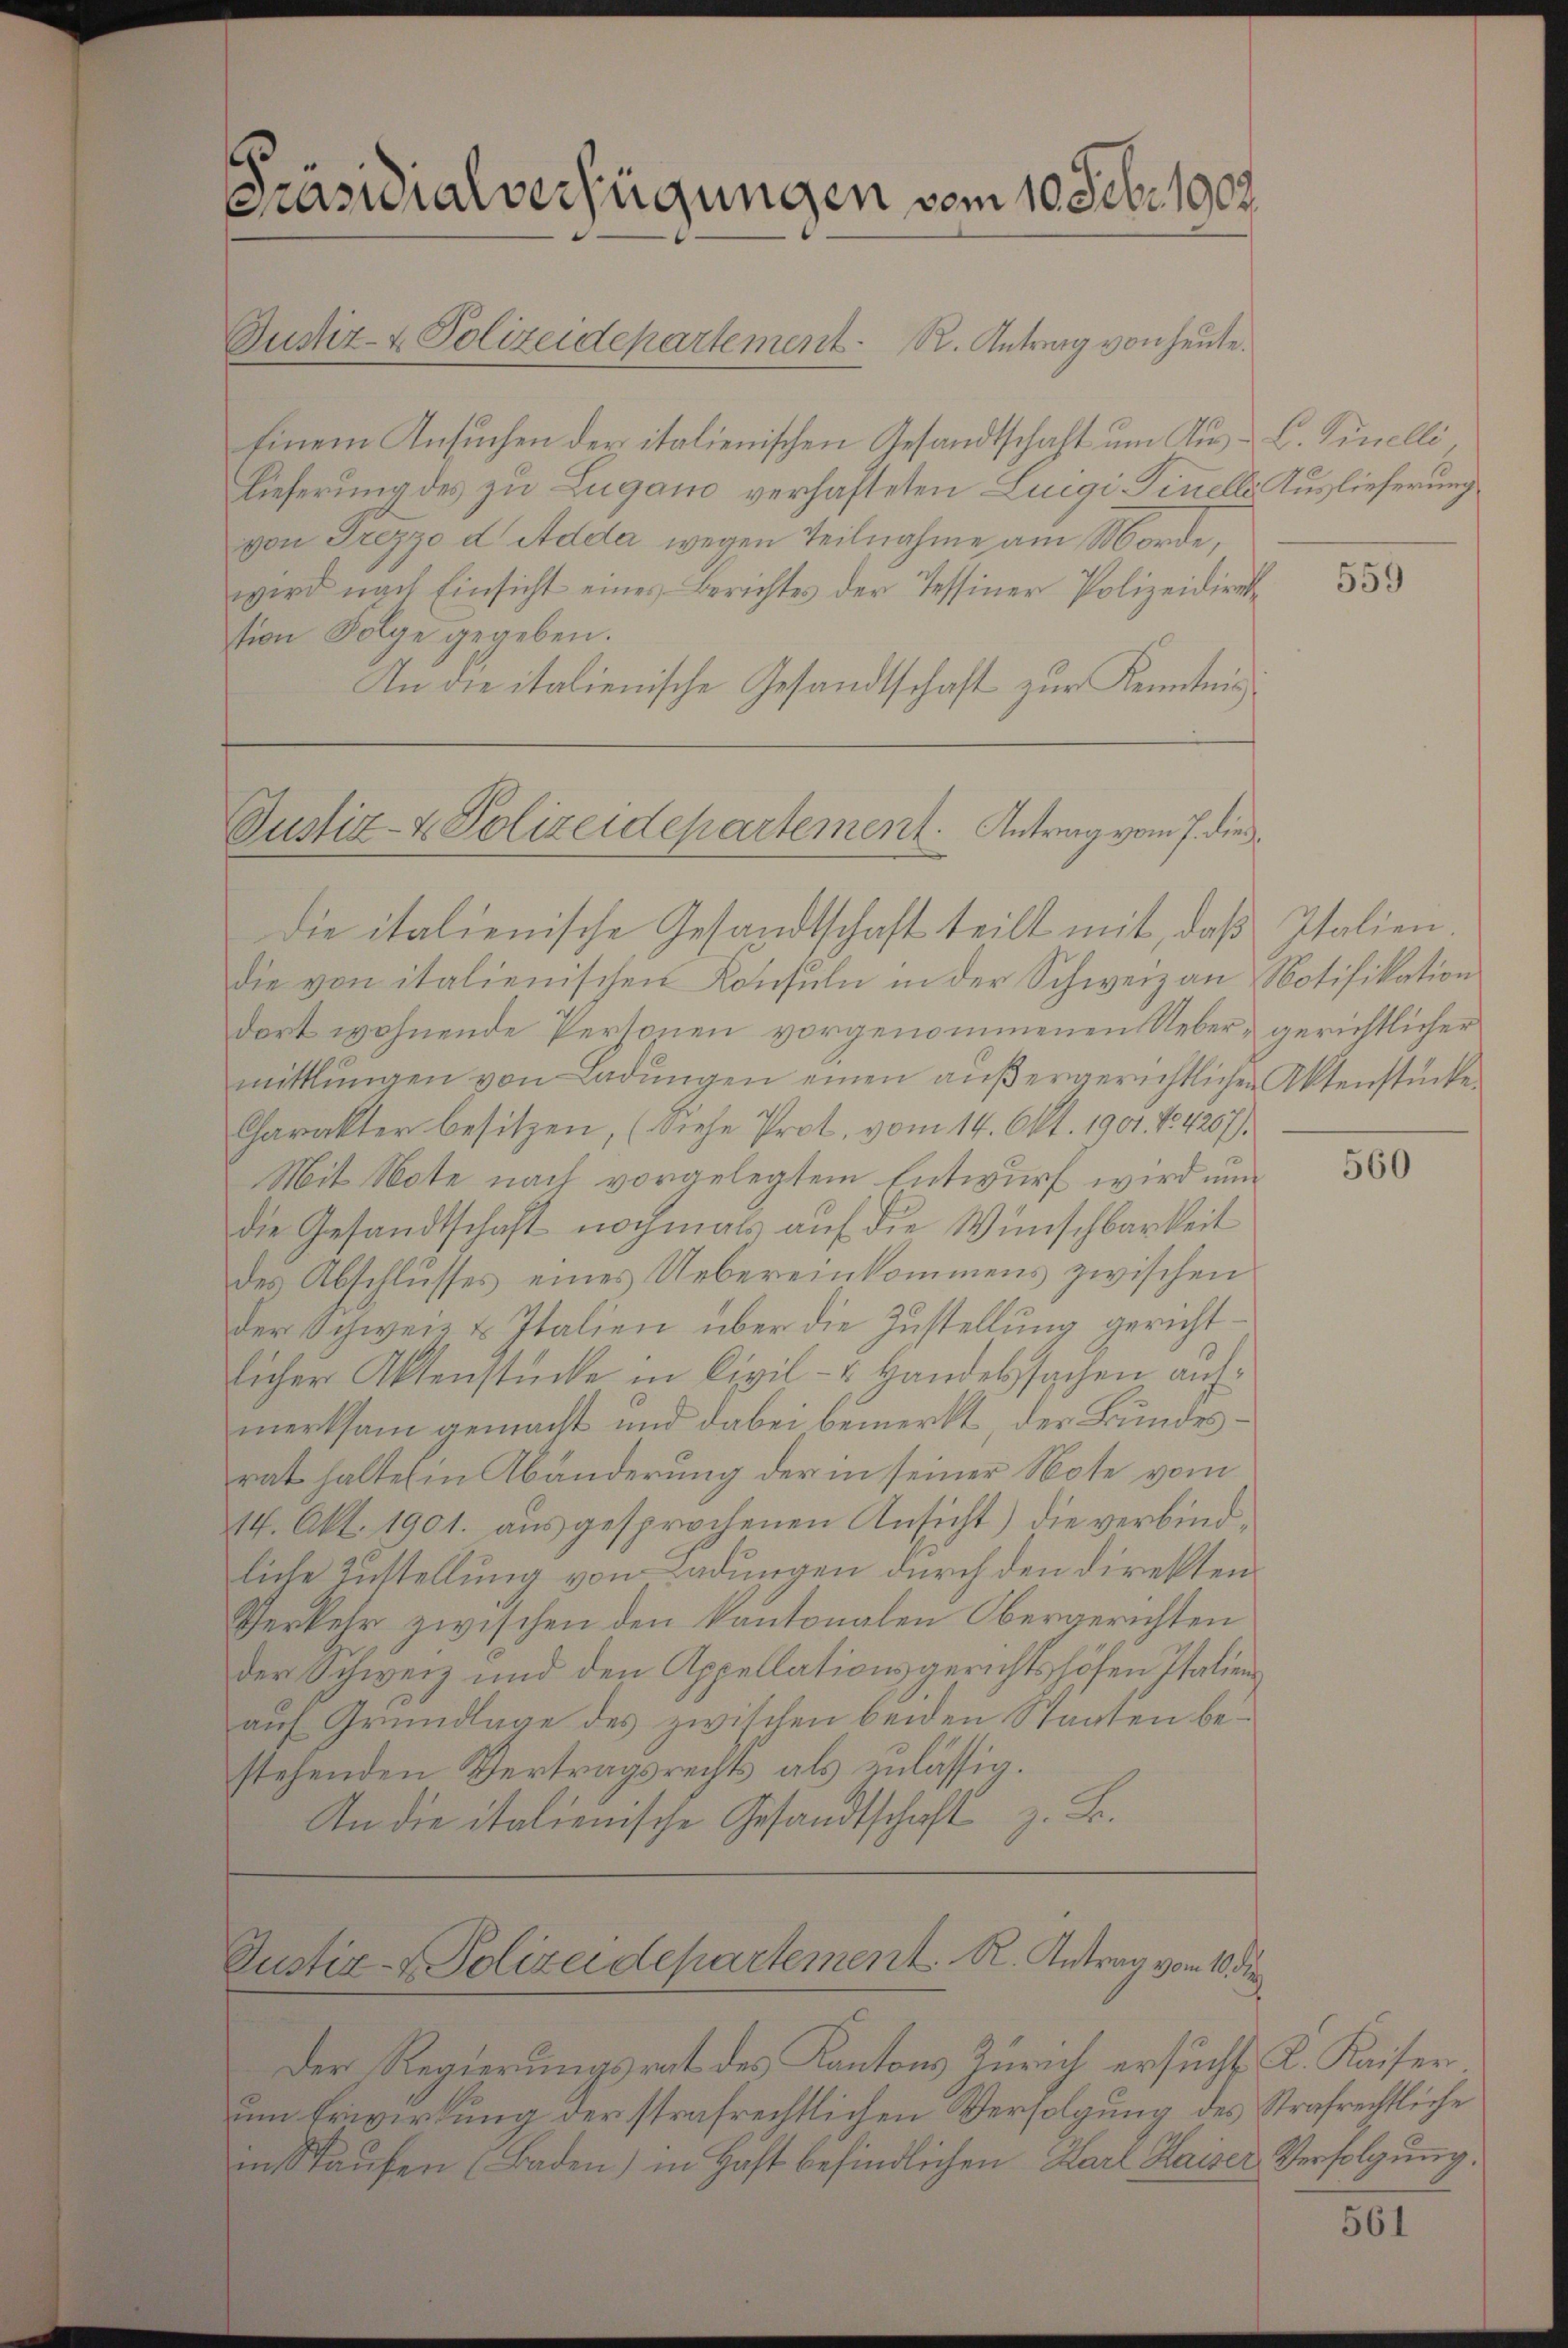
C
Präsidialverfügungen vom 10 Febr. 1908

Justiz- & Polizeidepartement. Antrag vom 7. die
die italienische Gesandtschaft teilt mit, daß

Justiz- & Polizeidepartement. R. Antrag von heute.
Einem Ansuchen der italienischen Gesandtschaft um Aus-C. Finelli
Lieferung des zu Lugano verhafteten Luegi Finelle Auslieferung
von Frezzo d Adda wegen Teilnahme am Morde,
wird nach Einsicht eines Berichtes der Tessiner Polizeidirek
tion Folge gegeben.
In die italienische Gesandtschaft zur Kenntnis¬

Der Regierungsrat des Kantons Zürich ersucht K. Kaiser
um Erwirkung der strafrechtlichen Verfolgung des Strafrechtliche
in Staufen (Baden) in Haft befindlichen Karl Haiser Verfolgung.

die von italienischen Konsuln in der Schweiz an Notifikation
dort wohnende Personen vorgenommenen Ueber, gerichtlicher
mittlungen von Ladŭngen einen aŭβergerichtlichen Aktenstücke
Charakter besitzen, (diese Prot. vom 14. Okt. 1901. No 4207).
Mit Note nach vorgelegtem Entwurf wird nun
die Gesandtschaft nochmals auf die Wünschbarkeit
des Abschlusses eines Uebereinkommens zwischen
der Schweiz u. Italien über die Zustellung gerichtlicher Aktenstücke in Civil- u Handelssachen aufmerksam gemacht und dabei bemerkt, der Bundesrat halten in Abänderung der in seiner Note vom
14. Akt. 1901. aŭsgesprochenen Ansicht) die verbind-
liche Zustellung von Ladungen durch den direkten
Perkehr zwischen den kantonalen Obergerichten
der Schweiz und den Appellationsgerichtshöfen Italien
auf Grundlage des zwischen beiden Staaten bestehenden Vertragsrechts als zulässig.
An die italienische Gesandtschaft z. B.

Justiz- & Polizeidepartement. R. Antrag vom 10 die

559

Italien.

560

561